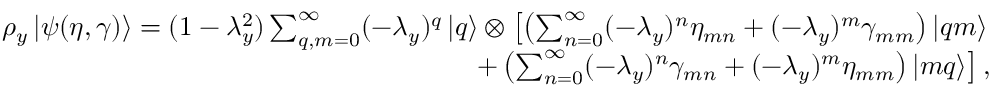
\begin{array} { r } { \rho _ { y } \left| \psi ( \eta , \gamma ) \right> = ( 1 - \lambda _ { y } ^ { 2 } ) \sum _ { q , m = 0 } ^ { \infty } ( - \lambda _ { y } ) ^ { q } \left| q \right> \otimes \left[ \left( \sum _ { n = 0 } ^ { \infty } ( - \lambda _ { y } ) ^ { n } \eta _ { m n } + ( - \lambda _ { y } ) ^ { m } \gamma _ { m m } \right) \left| q m \right> \right. } \\ { \left. + \left( \sum _ { n = 0 } ^ { \infty } ( - \lambda _ { y } ) ^ { n } \gamma _ { m n } + ( - \lambda _ { y } ) ^ { m } \eta _ { m m } \right) \left| m q \right> \right] , } \end{array}